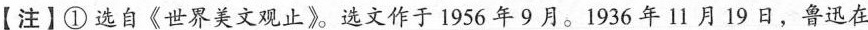
【注】①选自《世界美文观止》选文作于1956年9月。1936年11月19日，鲁迅在